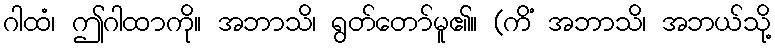
ဂါထံ၊ ဤဂါထာကို။ အဘာသိ၊ ရွတ်တော်မူ၏။ (ကိံ အဘာသိ၊ အဘယ်သို့